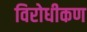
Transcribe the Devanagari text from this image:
विरोधीकण